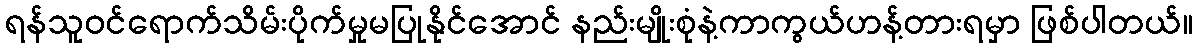
ရန်သူဝင်ရောက်သိမ်းပိုက်မှုမပြုနိုင်အောင် နည်းမျိုးစုံနဲ့ကာကွယ်ဟန့်တားရမှာ ဖြစ်ပါတယ်။